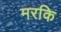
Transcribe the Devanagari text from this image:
मरकि